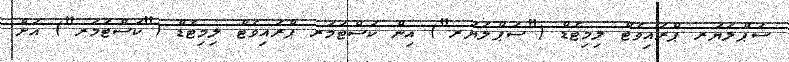
ސަޕްލަޔަރ ޕްރައިވެޓް ލިމިޓެޑް ("ސަޕްލަޔަރ") އިން ކަސްޓަމަރ ޕްރައިވެޓް ލިމިޓެޑް ("ކަސްޓަމަރ") އަށް